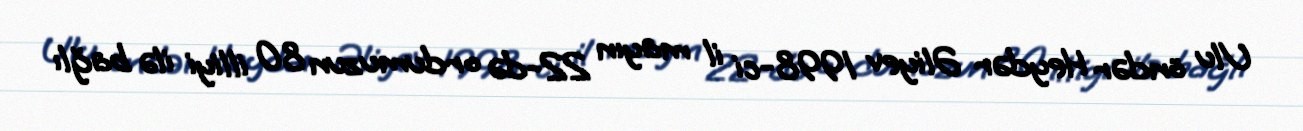
Ulu öndər Heydər Əliyev 1998-ci il mayın 22-də ordumuzun 80 illiyi ilə bağlı